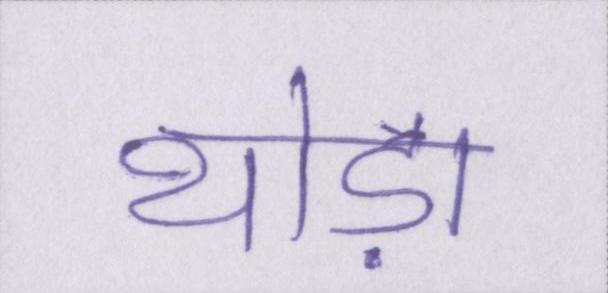
थोड़ा